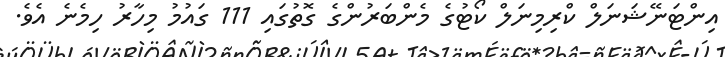
އިންޓަނޭޝަނަލް ކްރިމިނަލް ކޯޓުގެ މެންބަރުންގެ ގޮތުގައި 111 ގައުމު މިހާރު ހިމެނެ އެވެ.